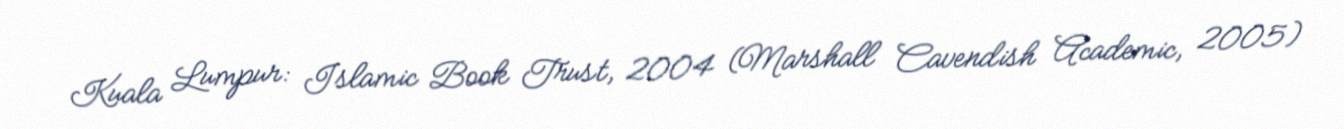
Kuala Lumpur: Islamic Book Trust, 2004 (Marshall Cavendish Academic, 2005)